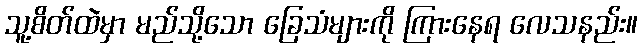
သူ့စိတ်ထဲမှာ မည်သို့သော ခြေသံများကို ကြားနေရ လေသနည်း။